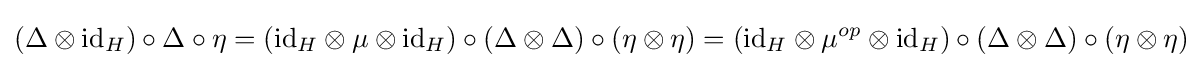
(\Delta \otimes \mathrm {id} _{H})\circ \Delta \circ \eta =(\mathrm {id} _{H}\otimes \mu \otimes \mathrm {id} _{H})\circ (\Delta \otimes \Delta )\circ (\eta \otimes \eta )=(\mathrm {id} _{H}\otimes \mu ^{op}\otimes \mathrm {id} _{H})\circ (\Delta \otimes \Delta )\circ (\eta \otimes \eta )